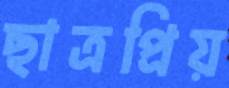
ছাত্রপ্রিয়